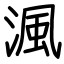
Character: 渢